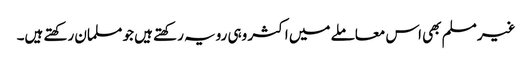
غیر مسلم بھی اس معاملے میں اکثر وہی رویہ رکھتے ہیں جو مسلمان رکھتے ہیں۔